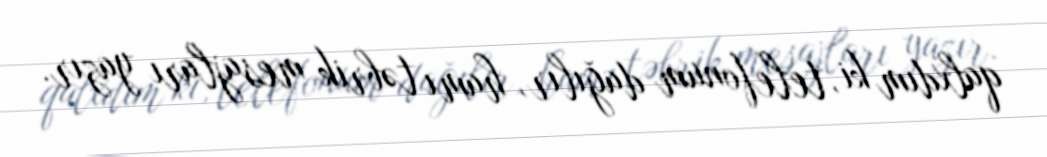
qalxdım ki, telefonum dağılır, hamı təbrik mesajları yazır.